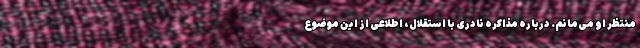
منتظر او می‌مانم. درباره مذاکره نادری با استقلال، اطلاعی از این موضوع